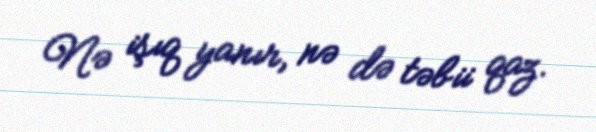
Nə işıq yanır, nə də təbii qaz.